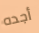
أجده